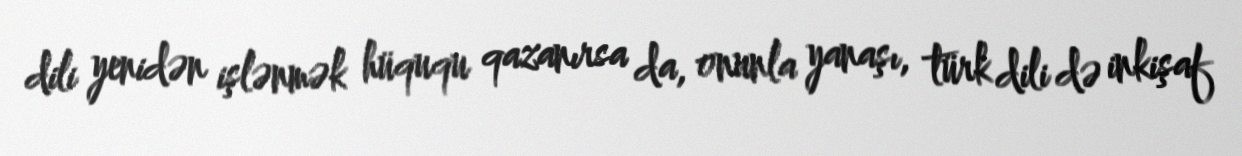
dili yenidən işlənmək hüququ qazanırsa da, onunla yanaşı, türk dili də inkişaf